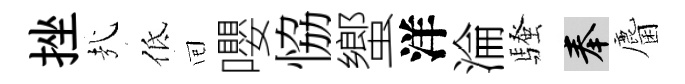
挫㢤低囘嚶恊蠁洋淪騷奉麕